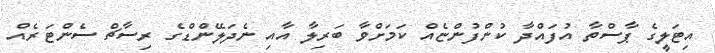
އިޓަލީގެ ޕާސްތާ އުފައްދާ ކުންފުންޏެއް ކަމަށްވާ ބަރިލާ އާއި ނެދަލޭންޑްގެ ރިސާޗް ސެންޓަރެއް